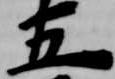
五